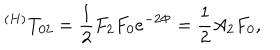
LaTeX: ^ { ( H ) } T _ { 0 2 } = \frac 1 2 F _ { 2 } F _ { 0 } e ^ { - 2 \Phi } = \frac 1 2 A _ { 2 } F _ { 0 } ,